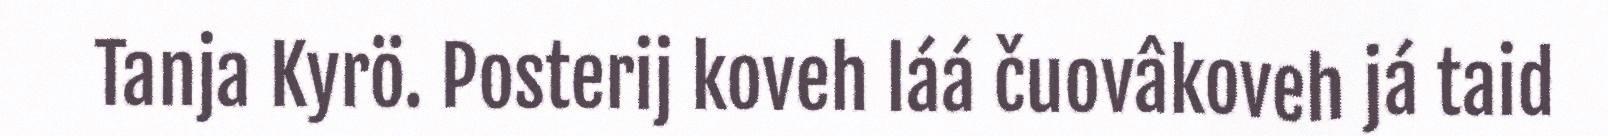
Tanja Kyrö. Posterij koveh láá čuovâkoveh já taid